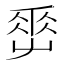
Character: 𡴤